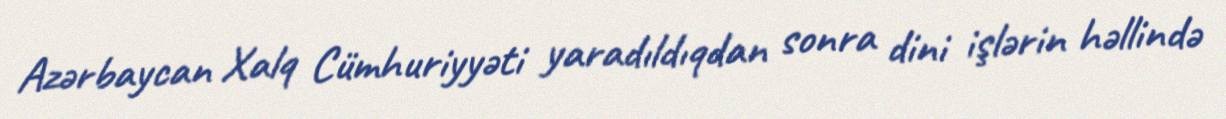
Azərbaycan Xalq Cümhuriyyəti yaradıldıqdan sonra dini işlərin həllində